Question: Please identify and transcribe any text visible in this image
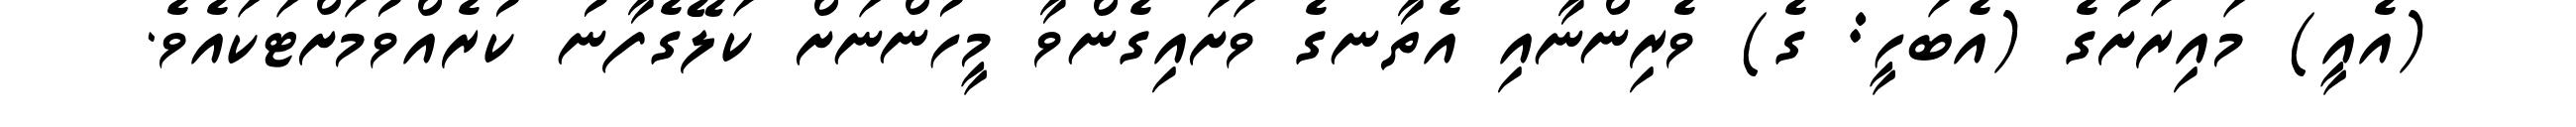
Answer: (އެއީ) މައިރަށުގެ (އެބަހީ: ގެ) ވެރިންނާއި އެތާނގެ ވަށައިގެންވާ މީހުންނަށް ކަލޭގެފާނު ކުރެއްވުމަށްޓަކައެވެ.